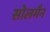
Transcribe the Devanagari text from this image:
सोलमैन